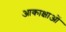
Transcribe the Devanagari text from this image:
आकाक्षाओं